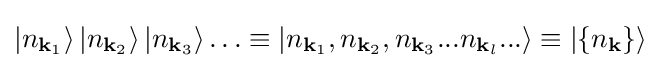
\left|n_{\mathbf {k} _{1}}\right\rangle \left|n_{\mathbf {k} _{2}}\right\rangle \left|n_{\mathbf {k} _{3}}\right\rangle \ldots \equiv \left|n_{\mathbf {k} _{1}},n_{\mathbf {k} _{2}},n_{\mathbf {k} _{3}}...n_{\mathbf {k} _{l}}...\right\rangle \equiv \left|\{n_{\mathbf {k} }\}\right\rangle